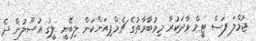
ޖުމްލަ ފަސް ޓީމް ވާދަކުރާ މިމުބާރާތުގެ ޗެމްޕިއަންކަން ލިބޭނީ ލީގު އުސޫލުން ދެ